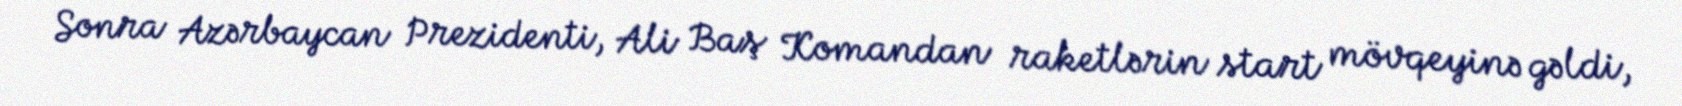
Sonra Azərbaycan Prezidenti, Ali Baş Komandan raketlərin start mövqeyinə gəldi,